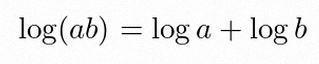
\log(ab)=\log a+\log b